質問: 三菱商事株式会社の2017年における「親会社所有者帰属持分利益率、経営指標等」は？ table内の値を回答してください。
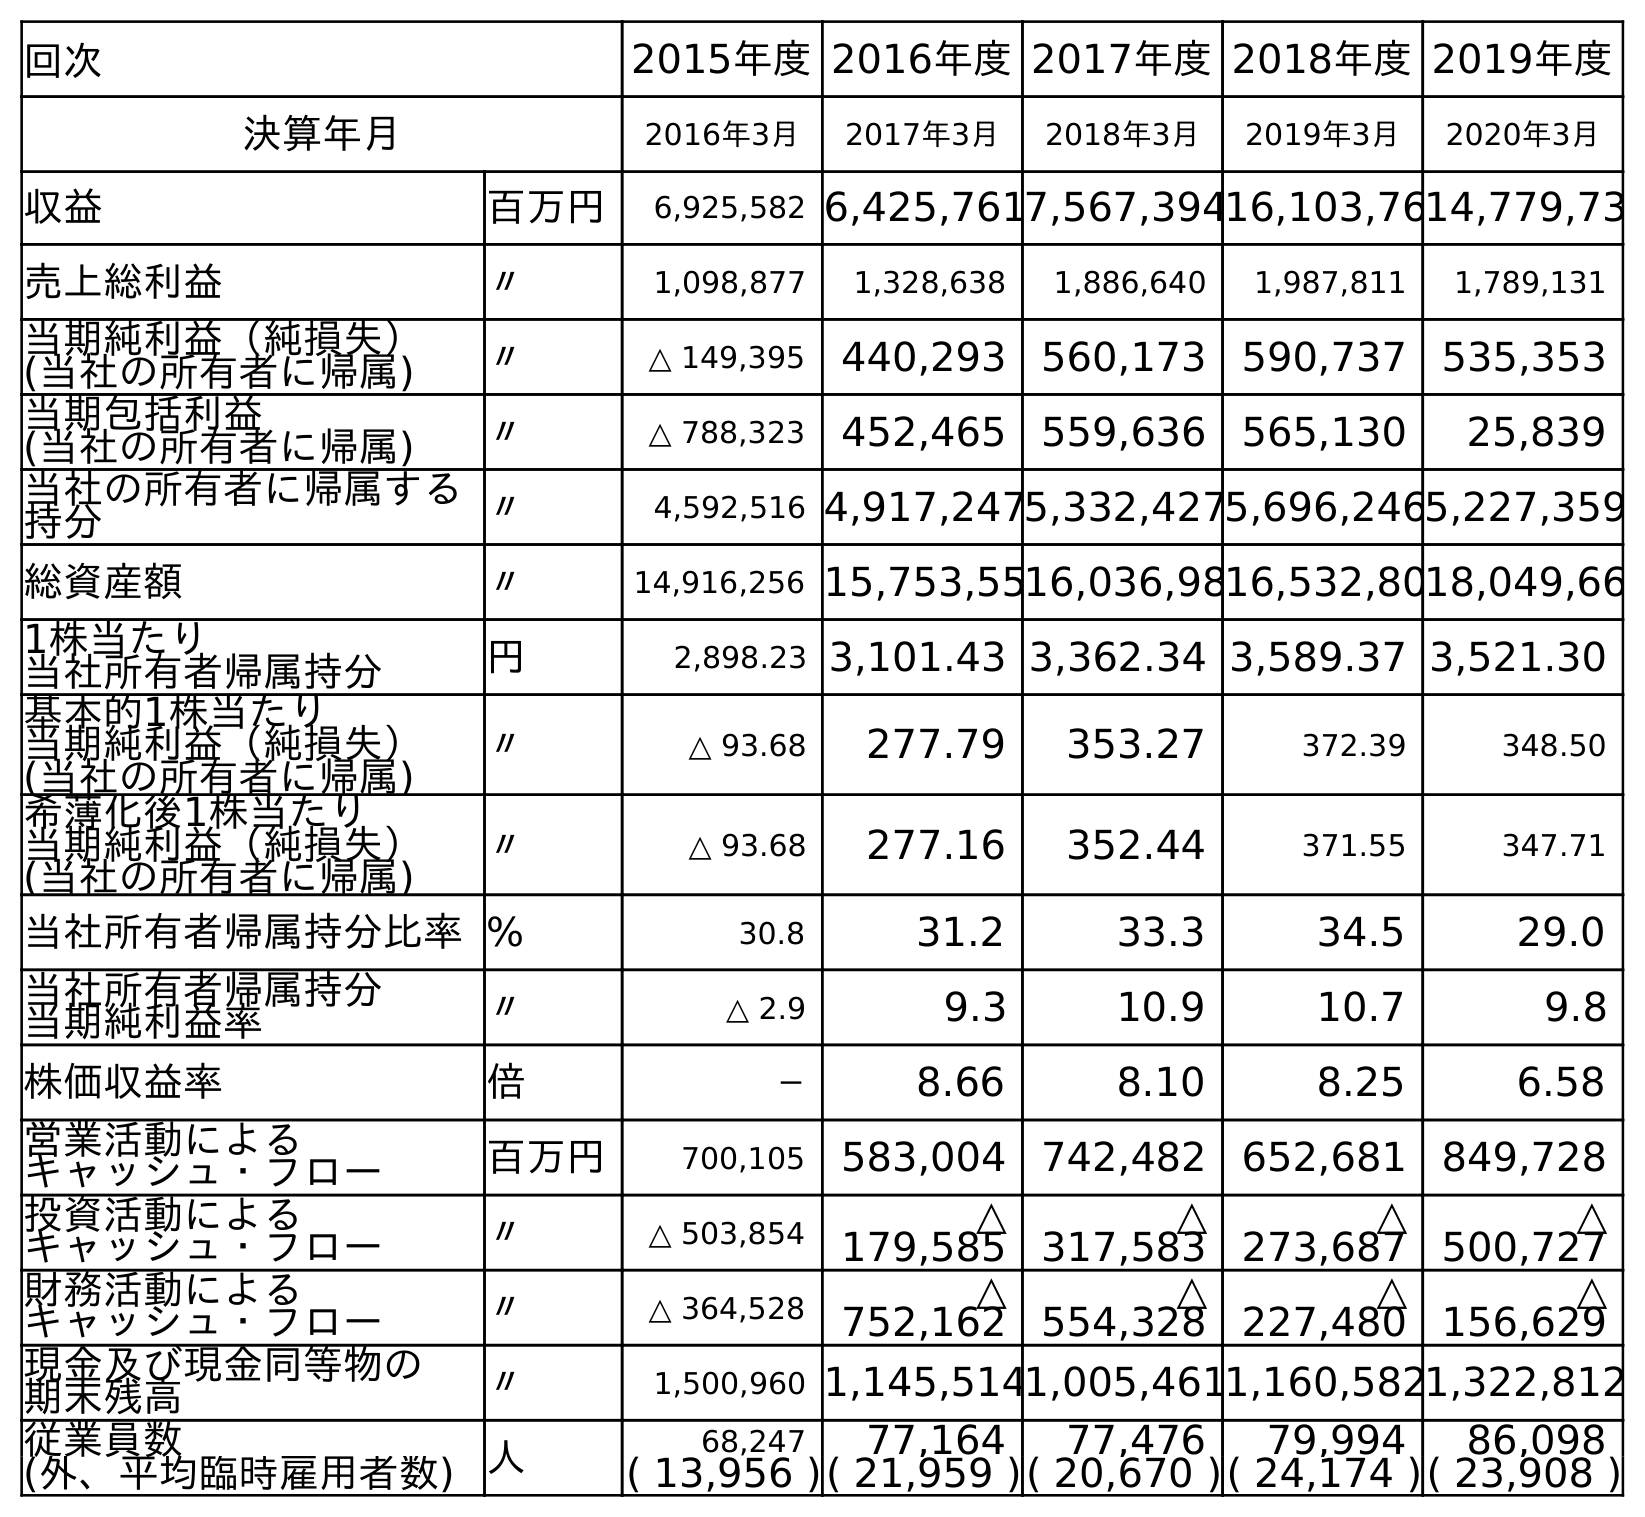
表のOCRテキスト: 回次 2015年度2016年度2017年度2018年度2019年度 決算年月 2016年3月 2017年3月 2018年3月 2019年3月 2020年3月 収益 百万円 6,925,582 6,425,7617,567,39416,103,7614,779,73 売上総利益 〃 1,098,877 1,328,638 1,886,640 1,987,811 1,789,131 当期純利益（純損失） (当社の所有者に帰属) 〃 △ 149,395 440,293 560,173 590,737 535,353 当期包括利益 (当社の所有者に帰属) 〃 △ 788,323 452,465 559,636 565,130 25,839 当社の所有者に帰属する 持分 〃 4,592,516 4,917,2475,332,4275,696,2465,227,359 総資産額 〃 14,916,256 15,753,5516,036,9816,532,8018,049,66 1株当たり 当社所有者帰属持分 円 2,898.23 3,101.43 3,362.34 3,589.37 3,521.30 基本的1株当たり 当期純利益（純損失） (当社の所有者に帰属) 〃 △ 93.68 277.79 353.27 372.39 348.50 希薄化後1株当たり 当期純利益（純損失） (当社の所有者に帰属) 〃 △ 93.68 277.16 352.44 371.55 347.71 当社所有者帰属持分比率% 30.8 31.2 33.3 34.5 29.0 当社所有者帰属持分 当期純利益率 〃 △ 2.9 9.3 10.9 10.7 9.8 株価収益率 倍 － 8.66 8.10 8.25 6.58 営業活動による キャッシュ・フロー 百万円 700,105 583,004 742,482 652,681 849,728 投資活動による キャッシュ・フロー 〃 △ 503,854 △ 179,585 △ 317,583 △ 273,687 △ 500,727 財務活動による キャッシュ・フロー 〃 △ 364,528 △ 752,162 △ 554,328 △ 227,480 △ 156,629 現金及び現金同等物の 期末残高 〃 1,500,960 1,145,5141,005,4611,160,5821,322,812 従業員数 人 68,247 77,164 77,476 79,994 86,098 (外、平均臨時雇用者数) ( 13,956 )( 21,959 )( 20,670 )( 24,174 )( 23,908 )
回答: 9.3